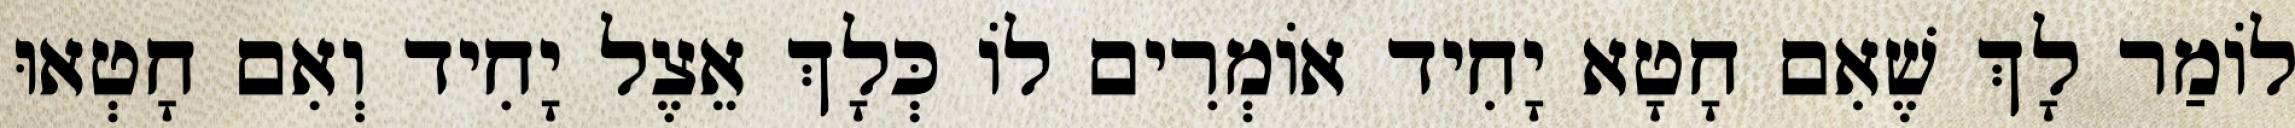
לוֹמַר לָךְ שֶׁאִם חָטָא יָחִיד אוֹמְרִים לוֹ כְּלָךְ אֵצֶל יָחִיד וְאִם חָטְאוּ